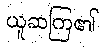
ယူဆကြ၏